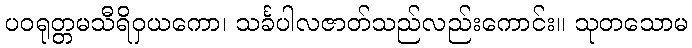
ပဝရုတ္တမသီရိဝှယကော၊ သင်္ခပါလဇာတ်သည်လည်းကောင်း။ သုတသောမ